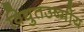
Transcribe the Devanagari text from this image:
विद्युतउष्मीय